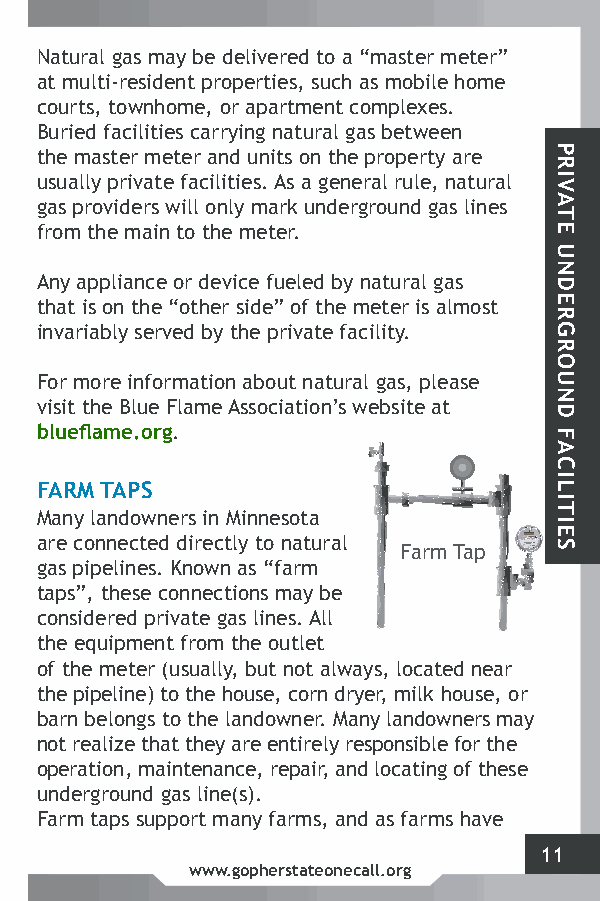
Natural gas may be delivered to a “master meter”
 at multi-resident properties, such as mobile home
 courts, townhome, or apartment complexes.
 Buried facilities carrying natural gas between
 the master meter and units on the property are
 usually private facilities. As a general rule, natural
 gas providers will only mark underground gas lines
 from the main to the meter.
 Any appliance or device fueled by natural gas
 that is on the “other side” of the meter is almost
 invariably served by the private facility.
 For more information about natural gas, please
 visit the Blue Flame Association’s website at
 blueflame.org.
 FARM TAPS
 Many landowners in Minnesota
 are connected directly to natural
 Farm Tap
 gas pipelines. Known as “farm
 taps”, these connections may be
 considered private gas lines. All
 the equipment from the outlet
 of the meter (usually, but not always, located near
 the pipeline) to the house, corn dryer, milk house, or
 barn belongs to the landowner. Many landowners may
 not realize that they are entirely responsible for the
 operation, maintenance, repair, and locating of these
 underground gas line(s).
 Farm taps support many farms, and as farms have
 11
 www.gopherstateonecall.org
 PRIVATE
 UNDERGROUND
 FACILITIES